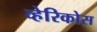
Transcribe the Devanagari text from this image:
व्हेरिकोस